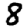
Digit: 8